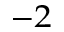
^ { - 2 }